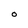
Character: o